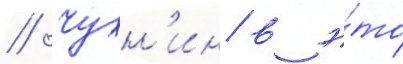
// Чухн'ин в э́то